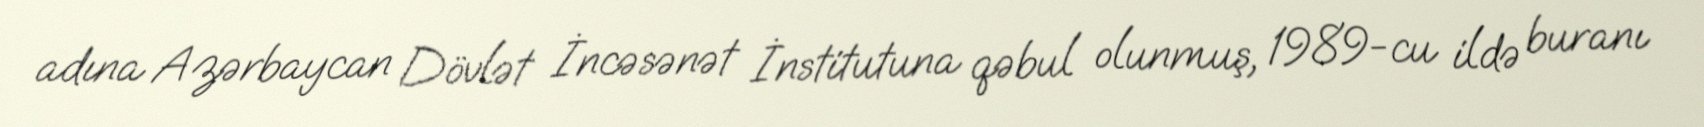
adına Azərbaycan Dövlət İncəsənət İnstitutuna qəbul olunmuş, 1989-cu ildə buranı